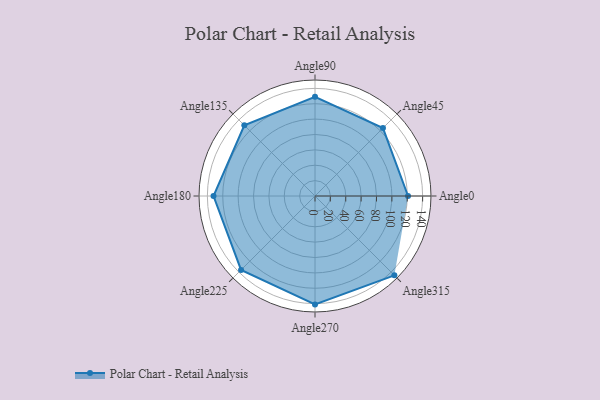
{"axis": {"x": "Angle", "y": "Radius"}, "legend": [""], "data": [{"x": "Angle0", "y": 121.0, "type": ""}, {"x": "Angle45", "y": 125.0, "type": ""}, {"x": "Angle90", "y": 129.0, "type": ""}, {"x": "Angle135", "y": 130.0, "type": ""}, {"x": "Angle180", "y": 132.0, "type": ""}, {"x": "Angle225", "y": 136.0, "type": ""}, {"x": "Angle270", "y": 141.0, "type": ""}, {"x": "Angle315", "y": 146.0, "type": ""}]}